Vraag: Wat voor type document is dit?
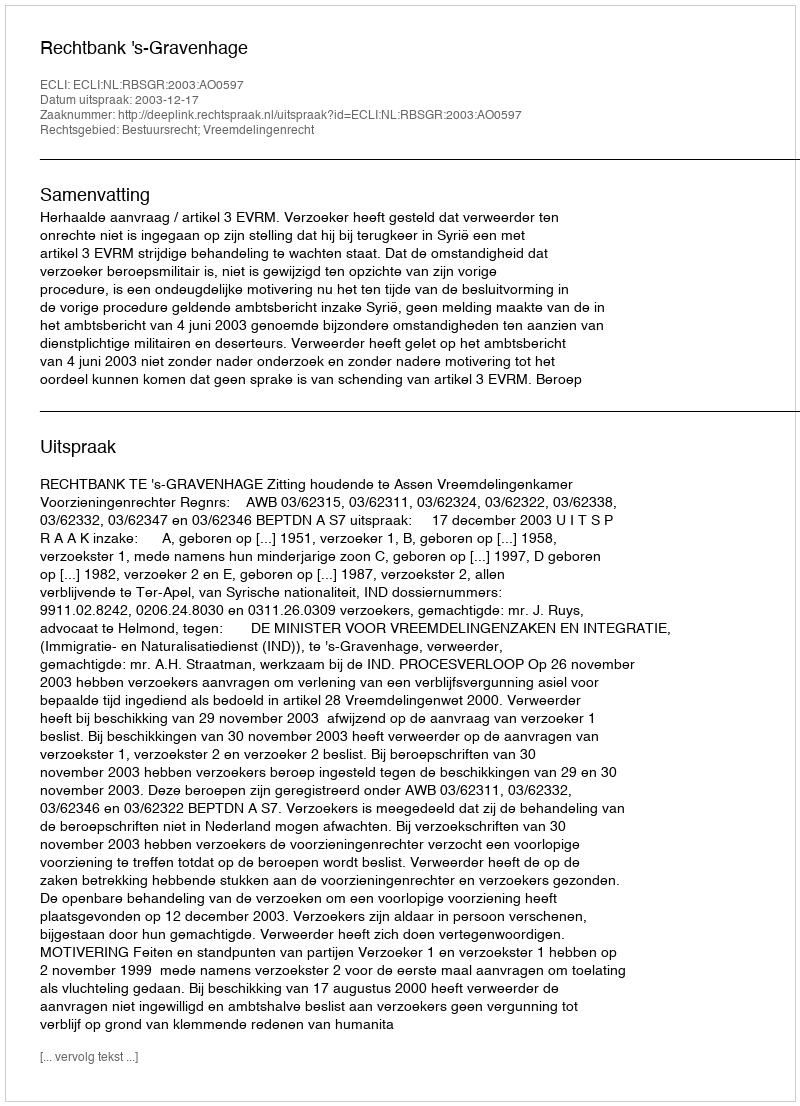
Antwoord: Uitspraak